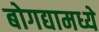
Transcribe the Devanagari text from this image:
बोगद्यामध्ये